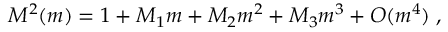
M ^ { 2 } ( m ) = 1 + M _ { 1 } m + M _ { 2 } m ^ { 2 } + M _ { 3 } m ^ { 3 } + O ( m ^ { 4 } ) \; ,